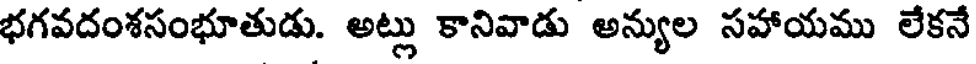
భగవదంశసంభూతుడు. అట్లు కానివాడు అన్యుల సహాయము లేకనే